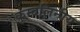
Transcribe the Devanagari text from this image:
कुन्दलिनीय